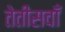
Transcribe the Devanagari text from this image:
तेतीसवाँ